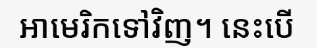
អាមេរិកទៅវិញ។ នេះបើ